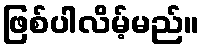
ဖြစ်ပါလိမ့်မည်။